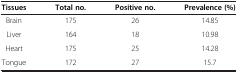
| Tissues | Total no. | Positive no. | Prevalence (%) |
 | --- | --- | --- | --- |
 | Brain | 175 | 26 | 14.85 |
 | Liver | 164 | 18 | 10.98 |
 | Heart | 175 | 25 | 14.28 |
 | Tongue | 172 | 27 | 15.7 |